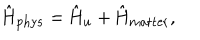
\hat { \mathrm { H } } _ { \mathrm { p h y s } } = \hat { \mathrm { H } } _ { u } + \hat { \mathrm { H } } _ { \mathrm { m a t t e r } } ,